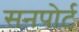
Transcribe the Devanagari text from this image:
सनपोर्ट